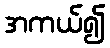
အကယ်၍